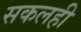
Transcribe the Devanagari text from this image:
सकलही